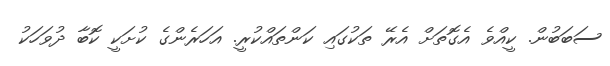
ސަބަބުން. ކީއްވެ އެގޮތަށް އެރޭ ތަކުގައި ކަންތައްކުރީ. އަހަރެންގެ ކުށަކީ ކޮބާ ދުވަހަކު